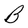
Character: B